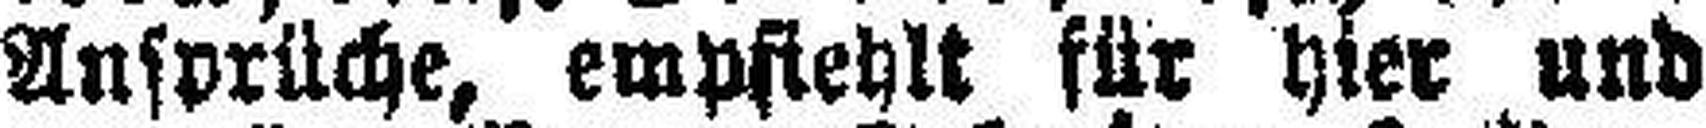
Ansprüche, empfiehlt für hier und